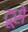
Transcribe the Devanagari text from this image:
दूसे